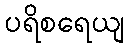
ပရိစရေယျ